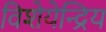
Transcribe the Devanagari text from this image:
विशेयेन्द्रिय